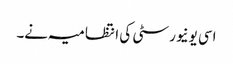
اسی یونیورسٹی کی انتظامیہ نے۔